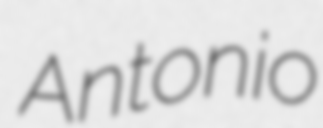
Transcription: Antonio